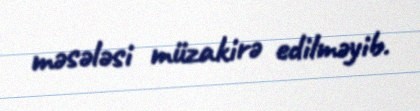
məsələsi müzakirə edilməyib.